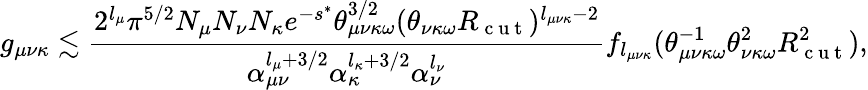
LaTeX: g_{\mu\nu\kappa}\lesssim\frac{2^{l_{\mu}}\pi^{5/2}N_{\mu}N_{\nu}N_{\kappa}e^{-s^{*}}\theta_{\mu\nu\kappa\omega}^{3/2}(\theta_{\nu\kappa\omega}R_{\mathrm{~c~u~t~}})^{l_{\mu\nu\kappa}-2}}{\alpha_{\mu\nu}^{l_{\mu}+3/2}\alpha_{\kappa}^{l_{\kappa}+3/2}\alpha_{\nu}^{l_{\nu}}}f_{l_{\mu\nu\kappa}}(\theta_{\mu\nu\kappa\omega}^{-1}\theta_{\nu\kappa\omega}^{2}R_{\mathrm{~c~u~t~}}^{2}),